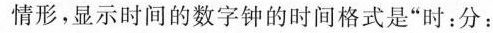
情形，显示时间的数字钟的时间格式是”时：分：